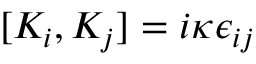
[ K _ { i } , K _ { j } ] = i \kappa \epsilon _ { i j }